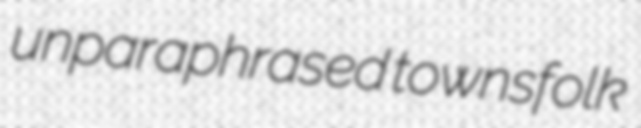
unparaphrased townsfolk